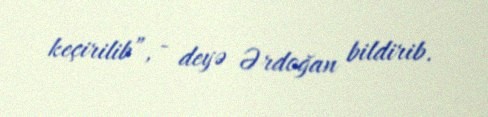
keçirilib”, - deyə Ərdoğan bildirib.